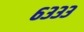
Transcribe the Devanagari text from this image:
६३३३